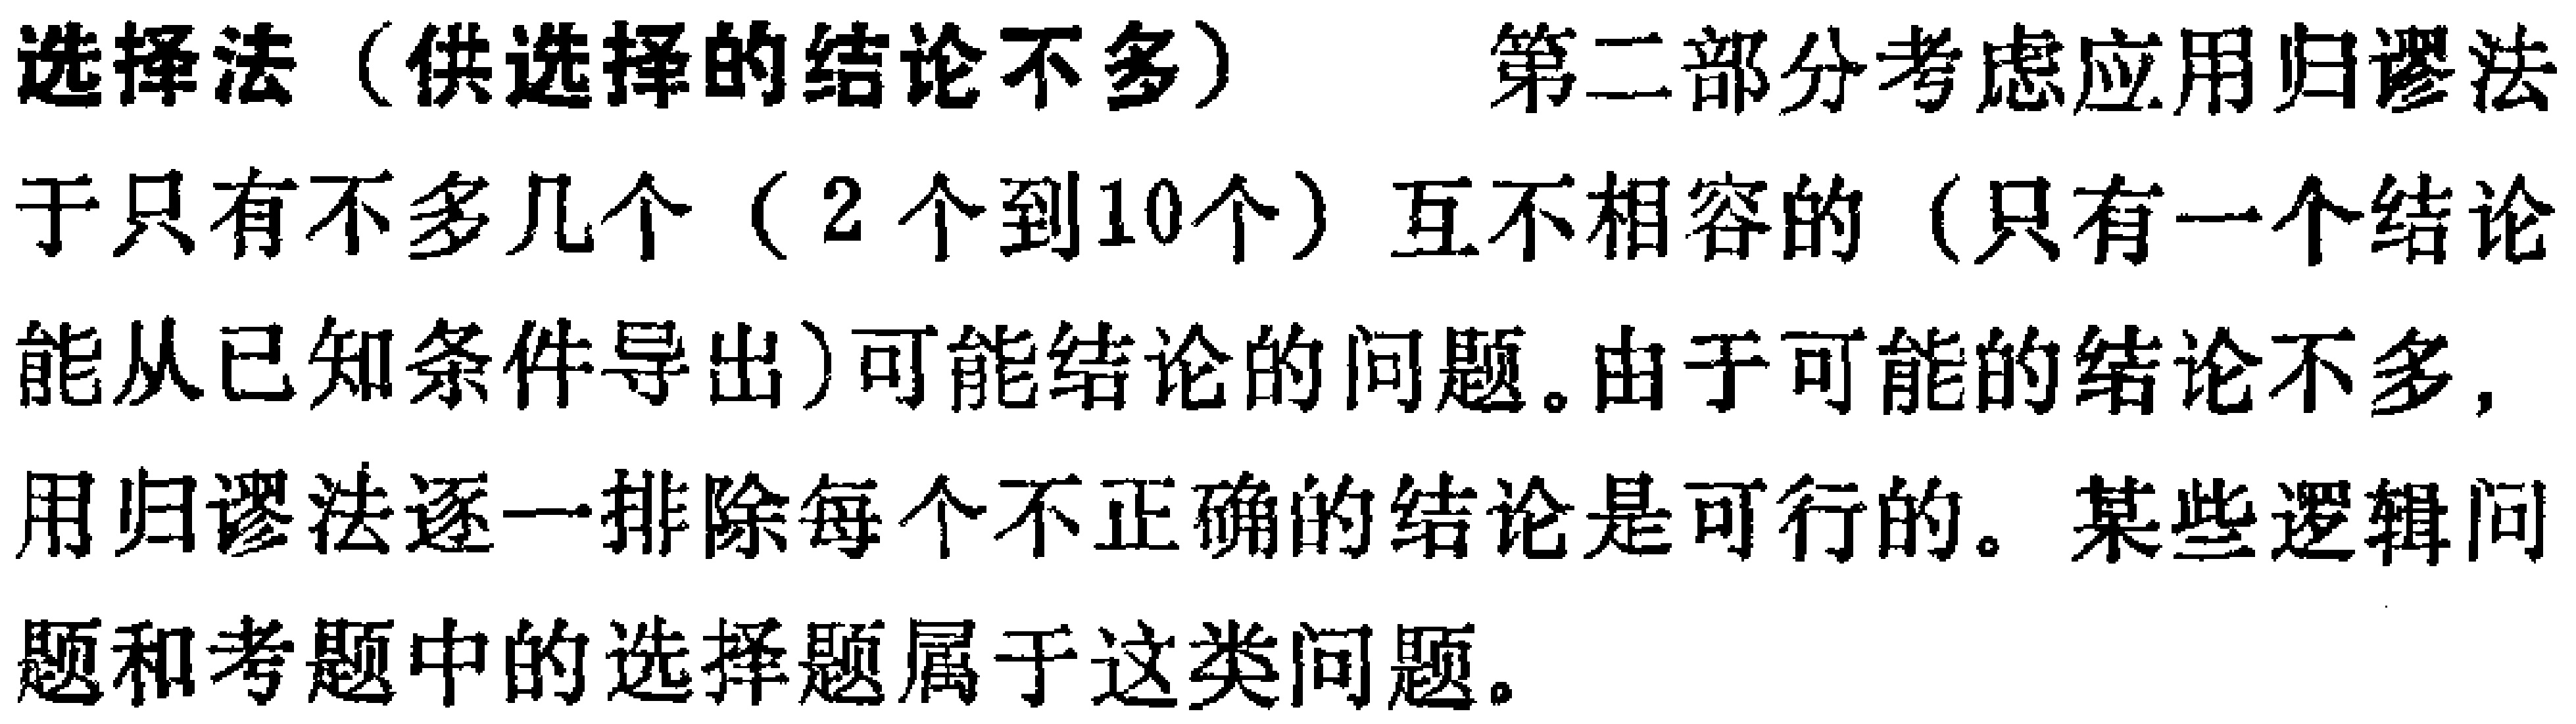
选择法（供选择的结论不多） 第二部分考虑应用归谬法
于只有不多几个（2个到10个）互不相容的（只有一个结论
能从已知条件导出）可能结论的问题。由于可能的结论不多，
用归谬法逐一排除每个不正确的结论是可行的。某些逻辑问
题和考题中的选择题属于这类问题。